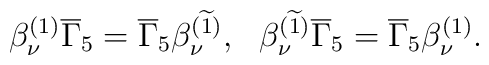
\beta _\nu^{(1)}\overline{\Gamma }_5=\overline{\Gamma }_5 \beta _\nu^{(\widetilde{1})} ,~~\beta _\nu^{(\widetilde{1})}\overline{\Gamma }_5=\overline{\Gamma }_5 \beta_\nu ^{(1)} .